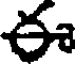
ఈ